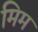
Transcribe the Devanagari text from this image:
मिम